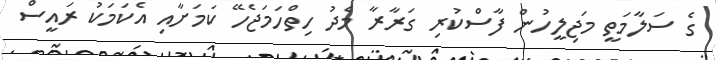
ގެ ސަލާމަތީ މަޖިލީހުން ފާސްކުރި ގަރާރާ މެދު ހިތްހަމަޖެހޭ ކަމަށާއި އެކަމަކު ރައީސް